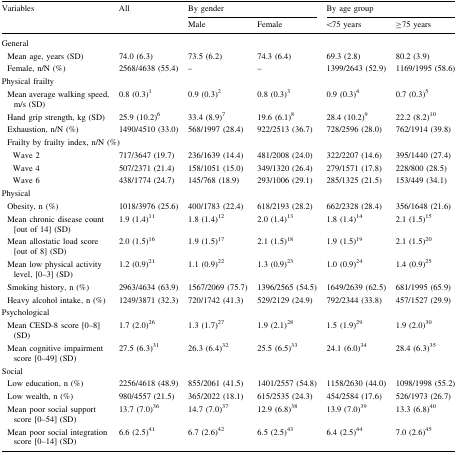
<table><thead><tr><td rowspan="2"><b>Variables</b></td><td rowspan="2"><b>All</b></td><td colspan="2"><b>By gender</b></td><td colspan="2"><b>By age group</b></td></tr><tr><td><b>Male</b></td><td><b>Female</b></td><td><b>&lt;75 years</b></td><td><b>≥75 years</b></td></tr></thead><tbody><tr><td colspan="6">General</td></tr><tr><td> Mean age, years (SD)</td><td>74.0 (6.3)</td><td>73.5 (6.2)</td><td>74.3 (6.4)</td><td>69.3 (2.8)</td><td>80.2 (3.9)</td></tr><tr><td> Female, n/N (%)</td><td>2568/4638 (55.4)</td><td>–</td><td>–</td><td>1399/2643 (52.9)</td><td>1169/1995 (58.6)</td></tr><tr><td colspan="6">Physical frailty</td></tr><tr><td> Mean average walking speed, m/s (SD)</td><td>0.8 (0.3)<sup>1</sup></td><td>0.9 (0.3)<sup>2</sup></td><td>0.8 (0.3)<sup>3</sup></td><td>0.9 (0.3)<sup>4</sup></td><td>0.7 (0.3)<sup>5</sup></td></tr><tr><td> Hand grip strength, kg (SD)</td><td>25.9 (10.2)<sup>6</sup></td><td>33.4 (8.9)<sup>7</sup></td><td>19.6 (6.1)<sup>8</sup></td><td>28.4 (10.2)<sup>9</sup></td><td>22.2 (8.2)<sup>10</sup></td></tr><tr><td> Exhaustion, n/N (%)</td><td>1490/4510 (33.0)</td><td>568/1997 (28.4)</td><td>922/2513 (36.7)</td><td>728/2596 (28.0)</td><td>762/1914 (39.8)</td></tr><tr><td colspan="6"> Frailty by frailty index, n/N (%)</td></tr><tr><td>Wave 2</td><td>717/3647 (19.7)</td><td>236/1639 (14.4)</td><td>481/2008 (24.0)</td><td>322/2207 (14.6)</td><td>395/1440 (27.4)</td></tr><tr><td>Wave 4</td><td>507/2371 (21.4)</td><td>158/1051 (15.0)</td><td>349/1320 (26.4)</td><td>279/1571 (17.8)</td><td>228/800 (28.5)</td></tr><tr><td>Wave 6</td><td>438/1774 (24.7)</td><td>145/768 (18.9)</td><td>293/1006 (29.1)</td><td>285/1325 (21.5)</td><td>153/449 (34.1)</td></tr><tr><td colspan="6">Physical</td></tr><tr><td> Obesity, n (%)</td><td>1018/3976 (25.6)</td><td>400/1783 (22.4)</td><td>618/2193 (28.2)</td><td>662/2328 (28.4)</td><td>356/1648 (21.6)</td></tr><tr><td> Mean chronic disease count [out of 14] (SD)</td><td>1.9 (1.4)<sup>11</sup></td><td>1.8 (1.4)<sup>12</sup></td><td>2.0 (1.4)<sup>13</sup></td><td>1.8 (1.4)<sup>14</sup></td><td>2.1 (1.5)<sup>15</sup></td></tr><tr><td> Mean allostatic load score [out of 8] (SD)</td><td>2.0 (1.5)<sup>16</sup></td><td>1.9 (1.5)<sup>17</sup></td><td>2.1 (1.5)<sup>18</sup></td><td>1.9 (1.5)<sup>19</sup></td><td>2.1 (1.5)<sup>20</sup></td></tr><tr><td> Mean low physical activity level, [0–3] (SD)</td><td>1.2 (0.9)<sup>21</sup></td><td>1.1 (0.9)<sup>22</sup></td><td>1.3 (0.9)<sup>23</sup></td><td>1.0 (0.9)<sup>24</sup></td><td>1.4 (0.9)<sup>25</sup></td></tr><tr><td> Smoking history, n (%)</td><td>2963/4634 (63.9)</td><td>1567/2069 (75.7)</td><td>1396/2565 (54.5)</td><td>1649/2639 (62.5)</td><td>681/1995 (65.9)</td></tr><tr><td> Heavy alcohol intake, n (%)</td><td>1249/3871 (32.3)</td><td>720/1742 (41.3)</td><td>529/2129 (24.9)</td><td>792/2344 (33.8)</td><td>457/1527 (29.9)</td></tr><tr><td colspan="6">Psychological</td></tr><tr><td> Mean CESD-8 score [0–8] (SD)</td><td>1.7 (2.0)<sup>26</sup></td><td>1.3 (1.7)<sup>27</sup></td><td>1.9 (2.1)<sup>28</sup></td><td>1.5 (1.9)<sup>29</sup></td><td>1.9 (2.0)<sup>30</sup></td></tr><tr><td> Mean cognitive impairment score [0–49] (SD)</td><td>27.5 (6.3)<sup>31</sup></td><td>26.3 (6.4)<sup>32</sup></td><td>25.5 (6.5)<sup>33</sup></td><td>24.1 (6.0)<sup>34</sup></td><td>28.4 (6.3)<sup>35</sup></td></tr><tr><td colspan="6">Social</td></tr><tr><td> Low education, n (%)</td><td>2256/4618 (48.9)</td><td>855/2061 (41.5)</td><td>1401/2557 (54.8)</td><td>1158/2630 (44.0)</td><td>1098/1998 (55.2)</td></tr><tr><td> Low wealth, n (%)</td><td>980/4557 (21.5)</td><td>365/2022 (18.1)</td><td>615/2535 (24.3)</td><td>454/2584 (17.6)</td><td>526/1973 (26.7)</td></tr><tr><td> Mean poor social support score [0–54] (SD)</td><td>13.7 (7.0)<sup>36</sup></td><td>14.7 (7.0)<sup>37</sup></td><td>12.9 (6.8)<sup>38</sup></td><td>13.9 (7.0)<sup>39</sup></td><td>13.3 (6.8)<sup>40</sup></td></tr><tr><td> Mean poor social integration score [0–14] (SD)</td><td>6.6 (2.5)<sup>41</sup></td><td>6.7 (2.6)<sup>42</sup></td><td>6.5 (2.5)<sup>43</sup></td><td>6.4 (2.5)<sup>44</sup></td><td>7.0 (2.6)<sup>45</sup></td></tr></tbody></table>